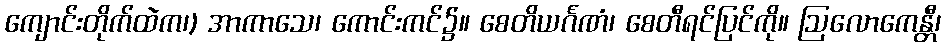
ကျောင်းတိုက်ထဲက၊) အာကာသေ၊ ကောင်းကင်၌။ စေတိယင်္ဂဏံ၊ စေတီရင်ပြင်ကို။ ဩလောကေန္တီ၊